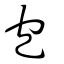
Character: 包